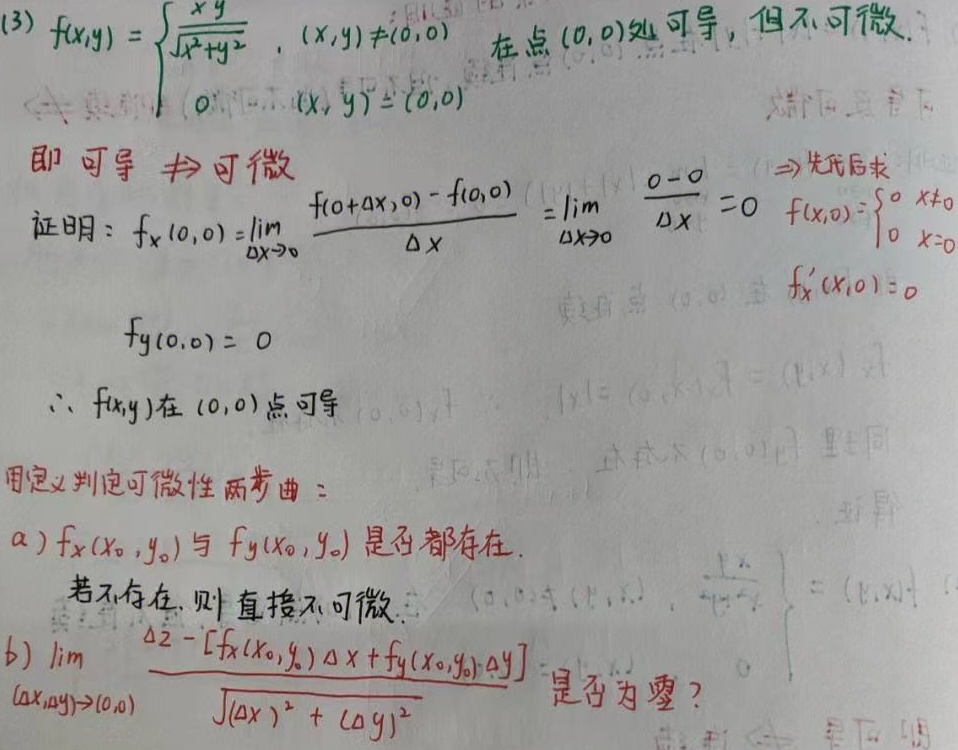
(3) \(f(x,y)=\begin{cases}\frac{xy}{\sqrt{x^{2}+y^{2}}},&(x,y)\neq(0,0)\\0,&(x,y)=(0,0)\end{cases}\) 在点\((0,0)\)处可导，但不可微.

即可导 \(\nRightarrow\) 可微

证明：\(f_x(0,0)=\lim\limits_{\Delta x\rightarrow0}\frac{f(0 + \Delta x,0)-f(0,0)}{\Delta x}=\lim\limits_{\Delta x\rightarrow0}\frac{0 - 0}{\Delta x}=0\) \(f(x,0)=\begin{cases}0&x\neq0\\0&x = 0\end{cases}\) \(f_x'(x,0)=0\)

\(f_y(0,0)=0\)

\(\therefore f(x,y)\)在\((0,0)\)点可导

用定义判定可微性两步曲：

a) \(f_x(x_0,y_0)\)与\(f_y(x_0,y_0)\)是否都存在.
若不存在，则直接不可微.

b) \(\lim\limits_{(\Delta x,\Delta y)\rightarrow(0,0)}\frac{\Delta z-[f_x(x_0,y_0)\Delta x + f_y(x_0,y_0)\Delta y]}{\sqrt{(\Delta x)^2+(\Delta y)^2}}\) 是否为零?